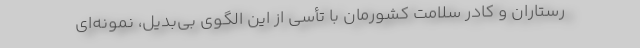
رستاران و کادر سلامت کشورمان با تأسی از این الگوی بی‌بدیل، نمونه‌ای